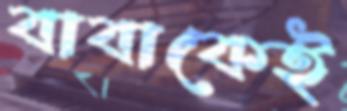
বাবাকেই